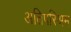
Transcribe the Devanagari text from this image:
अतिपरिश्रम